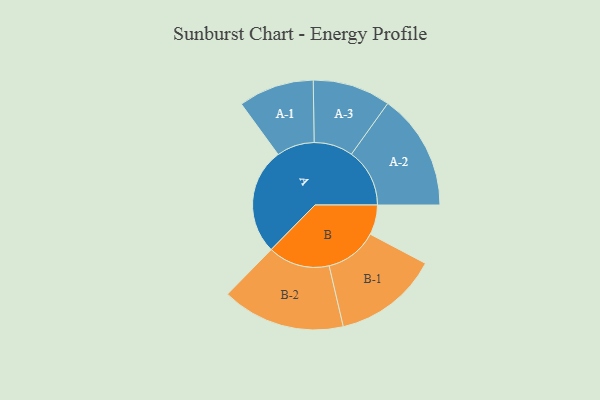
{"axis": {"x": "Segment", "y": "Value"}, "legend": ["", "A", "B"], "data": [{"x": "A", "y": 464, "type": ""}, {"x": "B", "y": 130, "type": ""}, {"x": "A-1", "y": 165, "type": "A"}, {"x": "A-2", "y": 254, "type": "A"}, {"x": "A-3", "y": 170, "type": "A"}, {"x": "B-1", "y": 229, "type": "B"}, {"x": "B-2", "y": 269, "type": "B"}]}